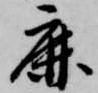
鹿